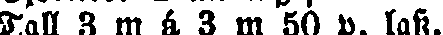
Tall 3 m á 3 m 50 p. lass.